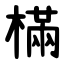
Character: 樠